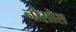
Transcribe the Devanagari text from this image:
नौसोस